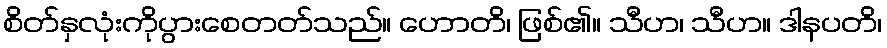
စိတ်နှလုံးကိုပွားစေတတ်သည်။ ဟောတိ၊ ဖြစ်၏။ သီဟ၊ သီဟ။ ဒါနပတိ၊